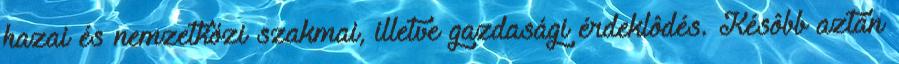
hazai és nemzetközi szakmai, illetve gazdasági érdeklôdés. Késôbb aztán